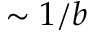
\sim 1 / b